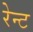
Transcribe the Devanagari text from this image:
रेन्ट